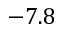
- 7 . 8